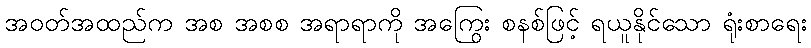
အဝတ်အထည်က အစ အစစ အရာရာကို အကြွေး စနစ်ဖြင့် ရယူနိုင်သော ရုံးစာရေး